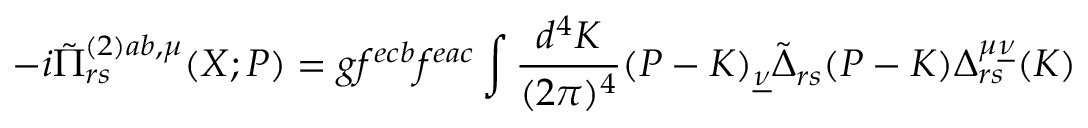
- i \tilde { \Pi } _ { r s } ^ { ( 2 ) a b , \mu } ( X ; P ) = g f ^ { e c b } f ^ { e a c } \int \frac { d ^ { 4 } K } { ( 2 \pi ) ^ { 4 } } ( P - K ) _ { \underline { { { \nu } } } } \tilde { \Delta } _ { r s } ( P - K ) \Delta _ { r s } ^ { \mu \underline { { { \nu } } } } ( K )